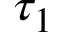
\tau _ { 1 }